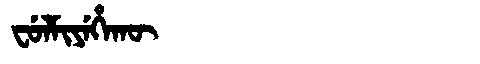
Manchu: ᠸᡠᠯᠮᡳᠶᡝᡥᠠᡴᡡ
Romanization: FULMIYEHAKŪ